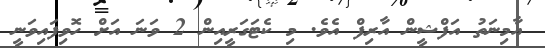
އާމިނަތު އަފްޝީން އާރިފް އެވެ. މި ކެޓަގަރީއިން 2 ވަނަ އަށް ހޮވިފައިވަނީ